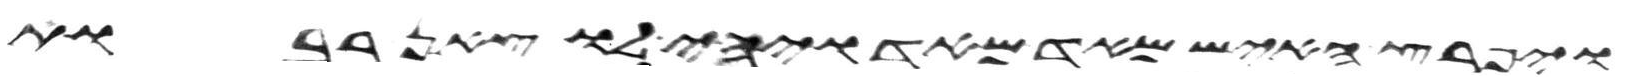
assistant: ויפרץ האיש מאד מאד ויהי לו צאן רבות